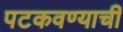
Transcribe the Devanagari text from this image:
पटकवण्याची